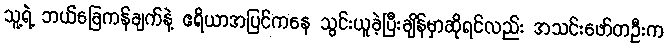
သူ့ရဲ့ ဘယ်ခြေကန်ချက်နဲ့ ဧရိယာအပြင်ကနေ သွင်းယူခဲ့ပြီးချိန်မှာဆိုရင်လည်း အသင်းဖော်တဦးက